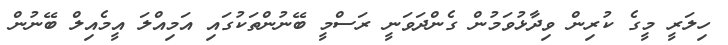
ހިލަރީ މީގެ ކުރިން ވިދާޅުވަމުން ގެންދަވަނީ ރަސްމީ ބޭނުންތަކުގައި އަމިއްލަ އީމެއިލް ބޭނުން